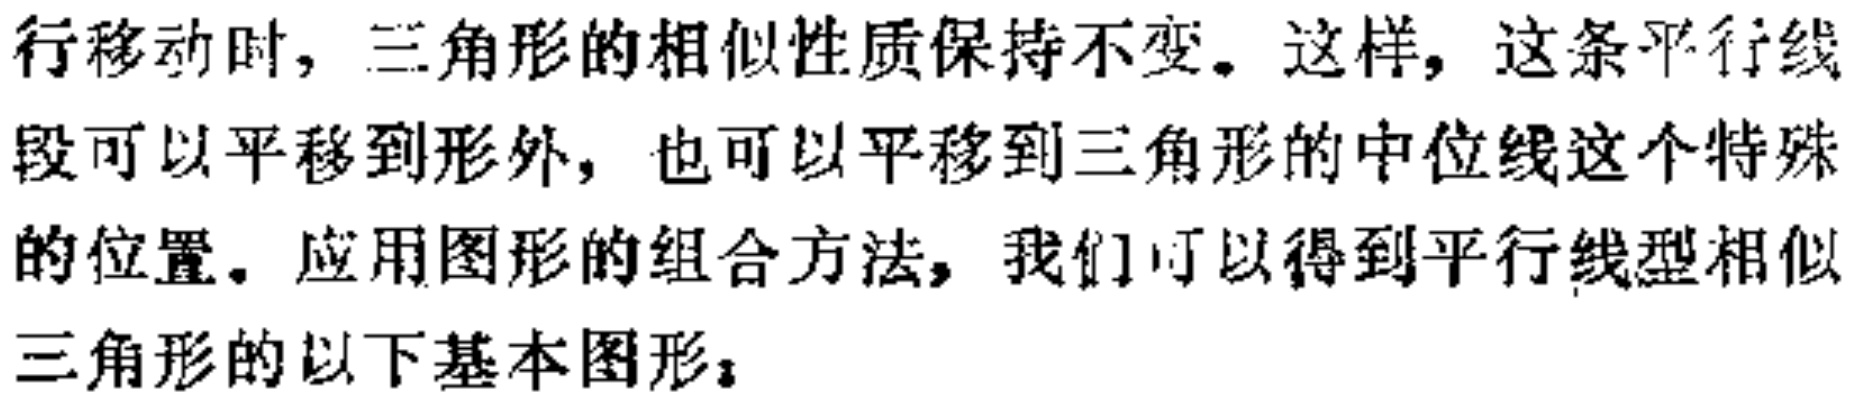
行移动时，三角形的相似性质保持不变。这样，这条平行线段可以平移到形外，也可以平移到三角形的中位线这个特殊的位置。应用图形的组合方法，我们可以得到平行线型相似三角形的以下基本图形：